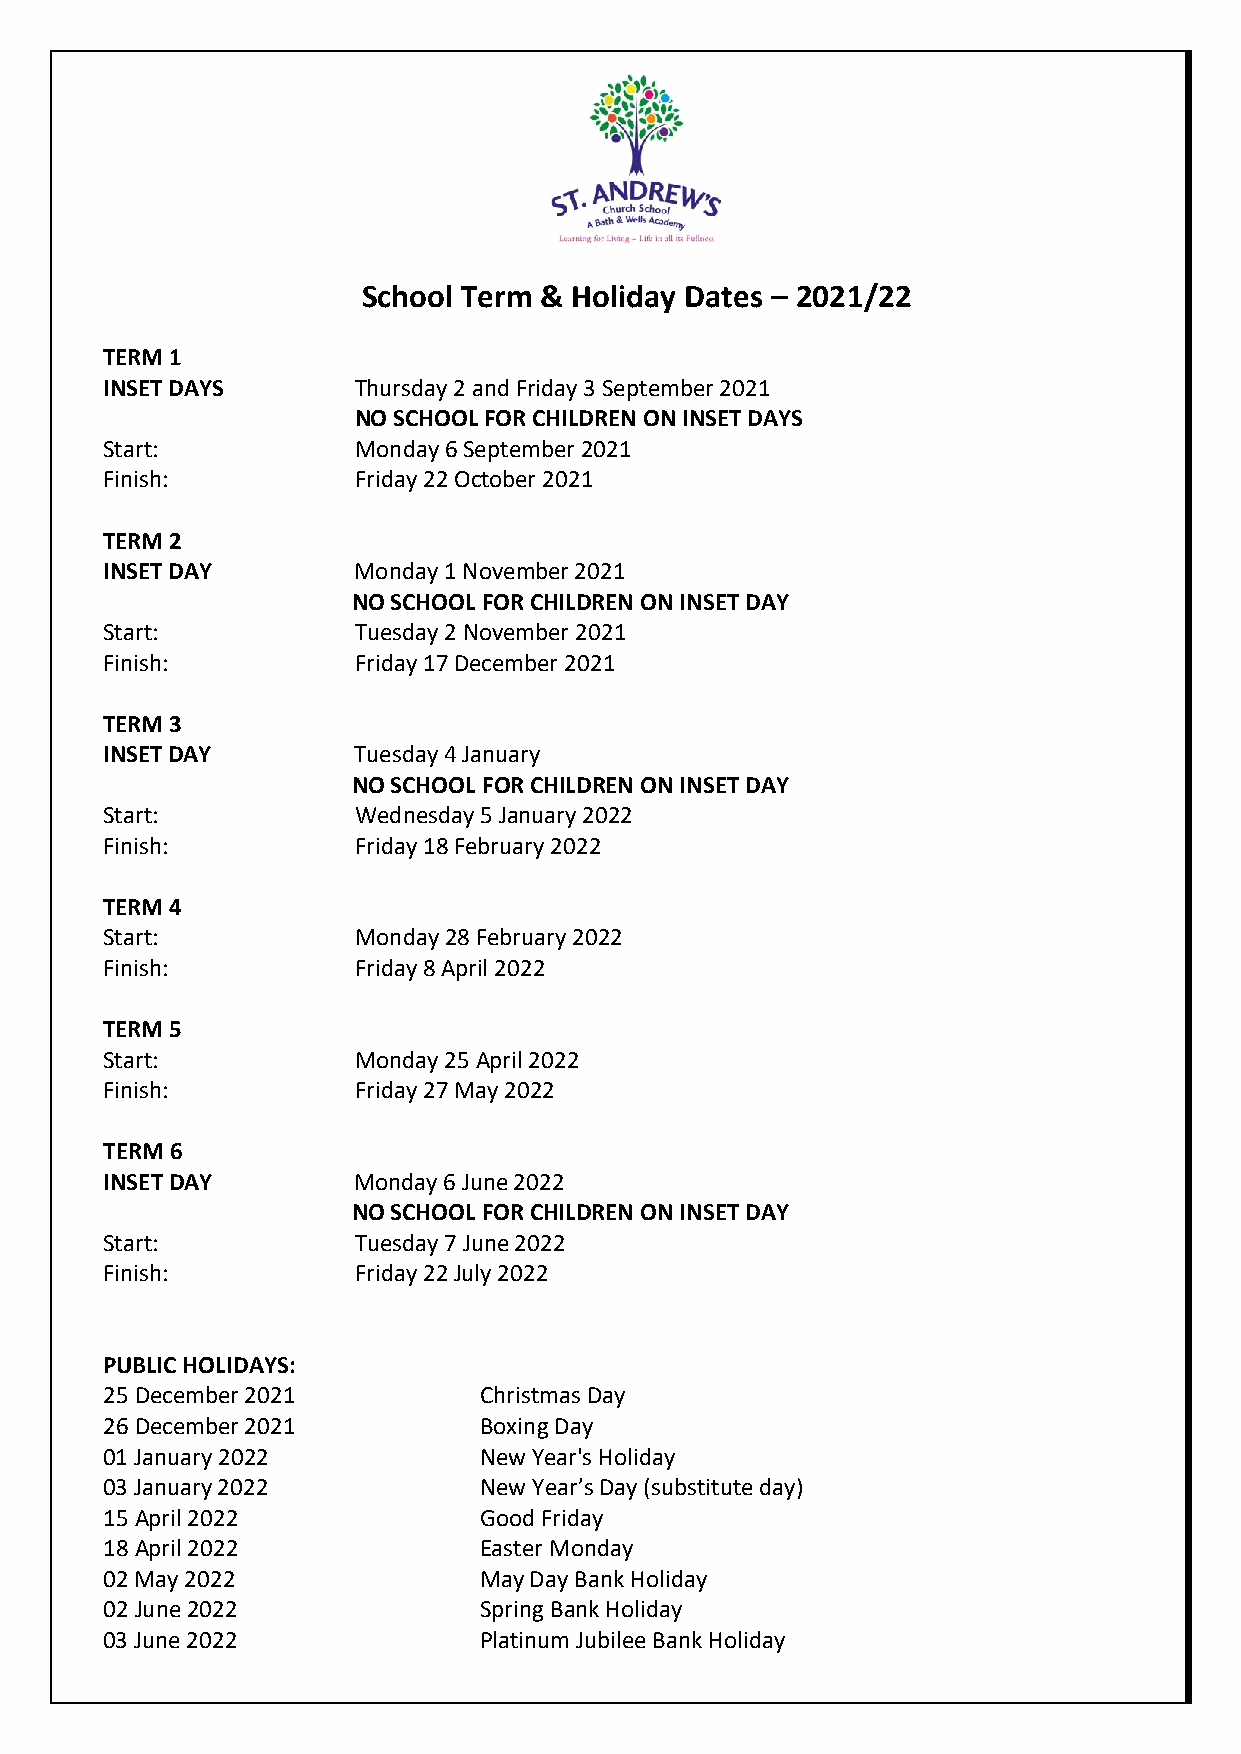
School Term & Holiday Dates – 2021/22
 TERM 1
 INSET DAYS      Thursday 2 and Friday 3 September 2021
 NO SCHOOL FOR CHILDREN ON INSET DAYS
 Start:          Monday 6 September 2021
 Finish:         Friday 22 October 2021
 TERM 2
 INSET DAY       Monday 1 November 2021
 NO SCHOOL FOR CHILDREN ON INSET DAY
 Start:          Tuesday 2 November 2021
 Finish:         Friday 17 December 2021
 TERM 3
 INSET DAY       Tuesday 4 January
 NO SCHOOL FOR CHILDREN ON INSET DAY
 Start:          Wednesday 5 January 2022
 Finish:         Friday 18 February 2022
 TERM 4
 Start:          Monday 28 February 2022
 Finish:         Friday 8 April 2022
 TERM 5
 Start:          Monday 25 April 2022
 Finish:         Friday 27 May 2022
 TERM 6
 INSET DAY       Monday 6 June 2022
 NO SCHOOL FOR CHILDREN ON INSET DAY
 Start:          Tuesday 7 June 2022
 Finish:         Friday 22 July 2022
 PUBLIC HOLIDAYS:
 25 December 2021         Christmas Day
 26 December 2021         Boxing Day
 01 January 2022          New Year's Holiday
 03 January 2022          New Year’s Day (substitute day)
 15 April 2022            Good Friday
 18 April 2022            Easter Monday
 02 May 2022              May Day Bank Holiday
 02 June 2022             Spring Bank Holiday
 03 June 2022             Platinum Jubilee Bank Holiday